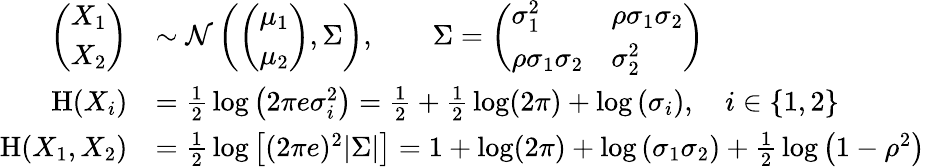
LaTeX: {\begin{array}{rl}{{\left(\begin{array}{l}{X_{1}}\\ {X_{2}}\end{array}\right)}}&{\sim{\mathcal{N}}\left({\left(\begin{array}{l}{\mu_{1}}\\ {\mu_{2}}\end{array}\right)},\Sigma\right),\qquad\Sigma={\left(\begin{array}{ll}{\sigma_{1}^{2}}&{\rho\sigma_{1}\sigma_{2}}\\ {\rho\sigma_{1}\sigma_{2}}&{\sigma_{2}^{2}}\end{array}\right)}}\\ {\mathrm{H}(X_{i})}&{={\frac{1}{2}}\log\left(2\pi e\sigma_{i}^{2}\right)={\frac{1}{2}}+{\frac{1}{2}}\log(2\pi)+\log\left(\sigma_{i}\right),\quad i\in\{ 1,2\} }\\ {\mathrm{H}(X_{1},X_{2})}&{={\frac{1}{2}}\log\left[(2\pi e)^{2}|\Sigma|\right]=1+\log(2\pi)+\log\left(\sigma_{1}\sigma_{2}\right)+{\frac{1}{2}}\log\left(1-\rho^{2}\right)}\end{array}}